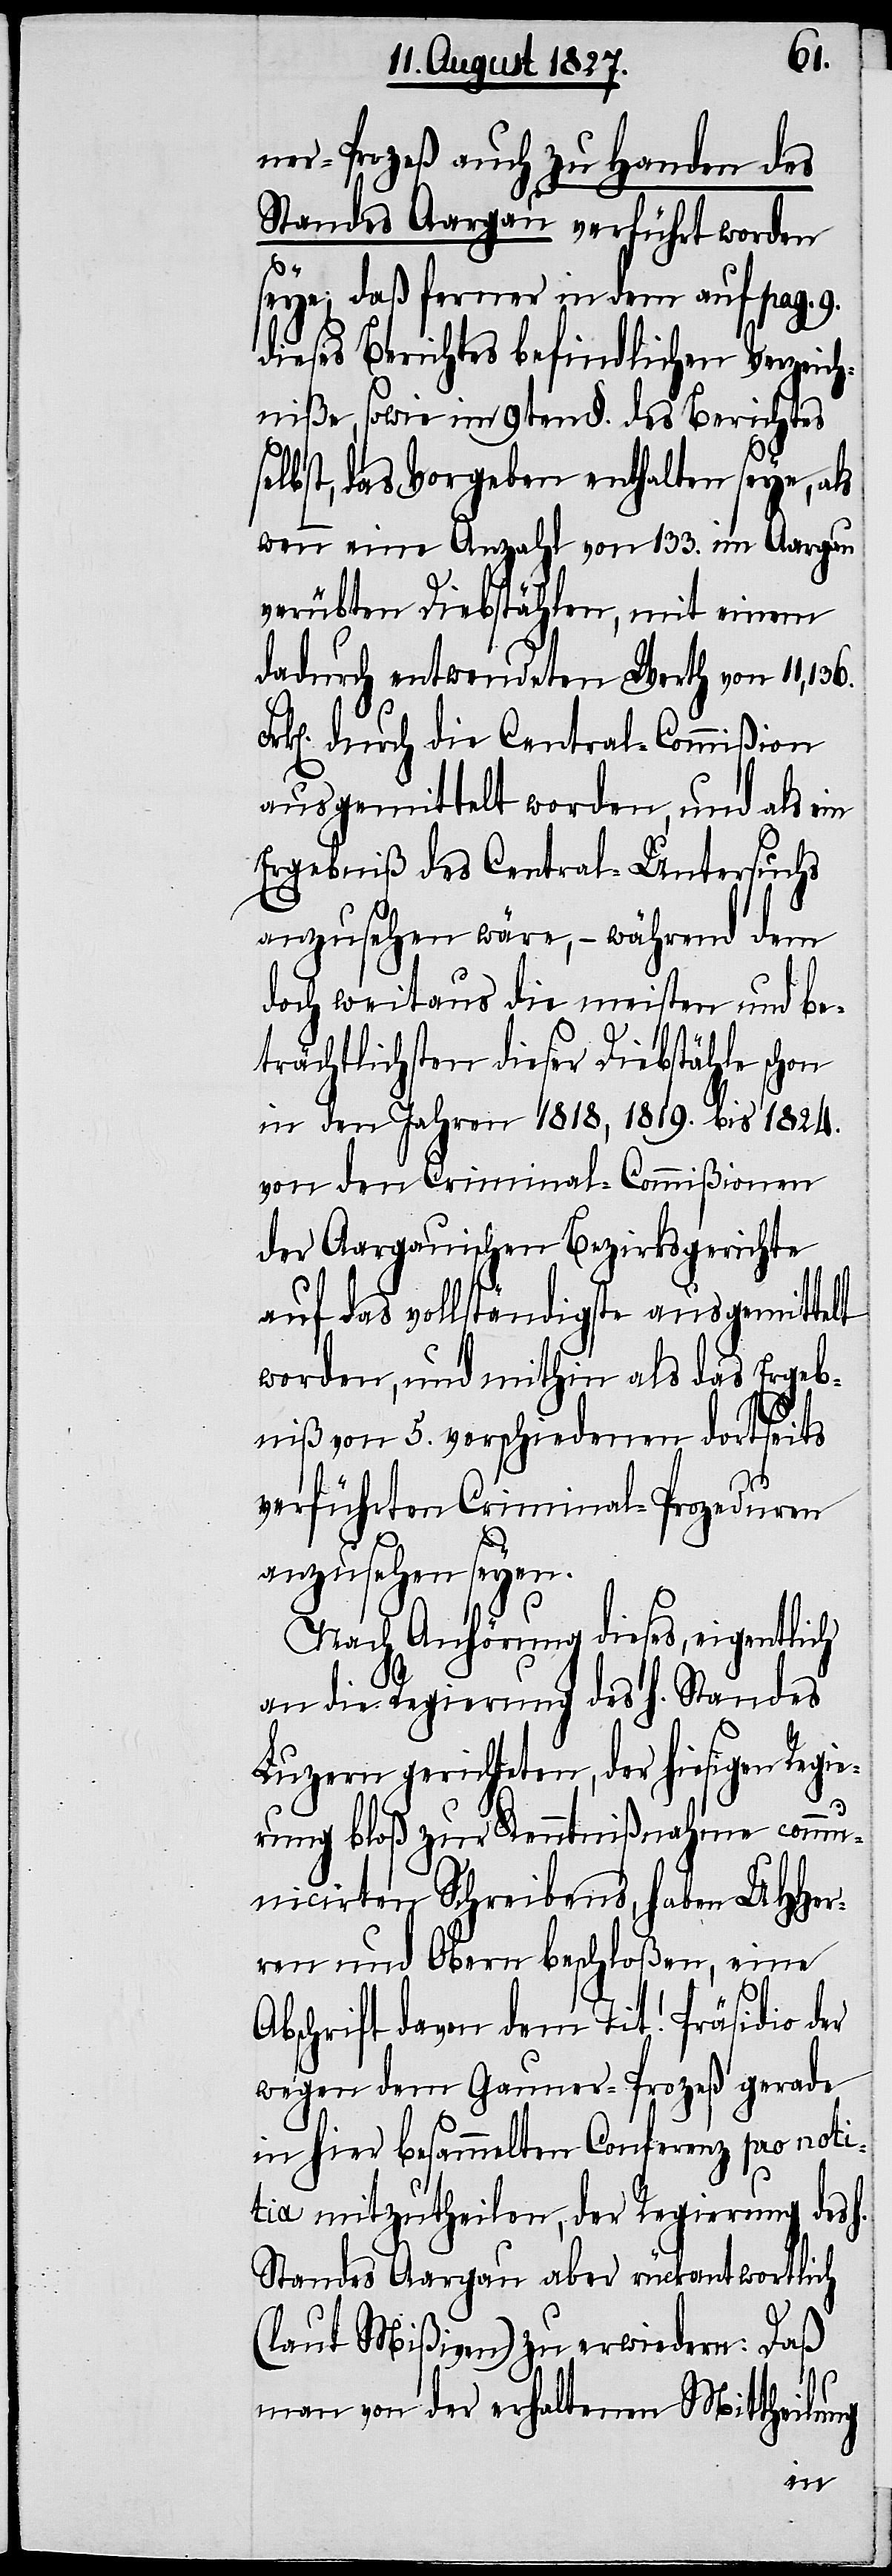
ner-Prozeß auch zu Handen des
Standes Aargau verführt worden
seye; daß ferner in dem auf pag. 9.
dieses Berichtes befindlichen Verzeich¬
niße, sowie im 9ten §. des Berichtes
selbst, das Vorgehen enthalten seye, als
wenn eine Anzahl von 133. im Aargau
verübten Diebstählen, mit einem
dadurch entwendeten Werth von 11,136.
durch die Central-Commißion
ausgemittelt worden, und als ein
Ergebniß des Central-Untersuchs
anzusehen wäre, – während dem
doch weitaus die meisten und be¬
trächtlichsten dieser Diebstähle schon
in den Jahren 1818, 1819. bis 1824.
von den Criminal-Commißionen
der Aargauischen Bezirksgerichte
auf das vollständigste ausgemittelt
worden, und mithin als das Ergeb¬
niß von 5. verschiedenen dortseits
verführten Criminal-Prozeduren
anzusehen seyen.
Nach Anhörung dieses, eigentlich
an die Regierung des h. Standes
Luzern gerichteten, der hiesigen Regie¬
rung bloß zur Kenntnißnahme comm¬
unicirten Schreibens, haben UHHer¬
ren und Obern beschloßen, eine
Abschrift davon dem Tit! Präsidio der
wegen dem Gauner-Prozeß gerade
in hier besammelten Conferenz pro noti¬
cia mitzutheilen, der Regierung des
Standes Aargau aber rückantwortlich
(laut Mißiven) zu erwiedern: Daß
man von der erhaltenen Mittheilung